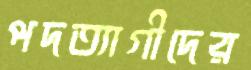
পদত্যাগীদের